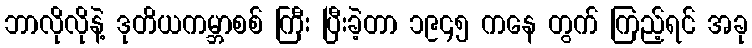
ဘာလိုလိုနဲ့ ဒုတိယကမ္ဘာစစ် ကြီး ပြီးခဲ့တာ ၁၉၄၅ ကနေ တွက် ကြည့်ရင် အခု